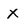
Character: x